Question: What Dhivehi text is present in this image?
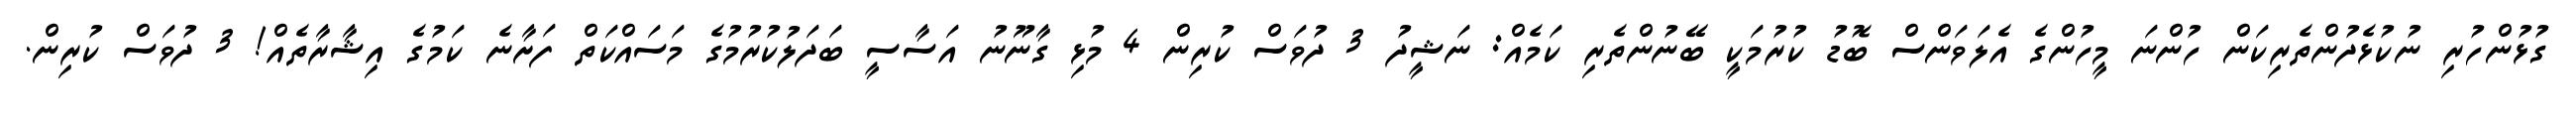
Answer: ގުޅުންހުރި ނުކުޅެދުންތެރިކަން ހުންނަ މީހުންގެ އެލަވަންސް ބޮޑު ކުރުމަކީ ބޭނުންތެރި ކަމެއް: ނަޝީދު 3 ދުވަސް ކުރިން 4 މުޅި ގާނޫނު އަސާސީ ބަދަލުކުރުމުގެ މަސައްކަތް ފަށާނެ ކަމުގެ އިޝާރާތެއް! 3 ދުވަސް ކުރިން.